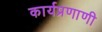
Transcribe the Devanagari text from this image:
कार्यप्रणाणी